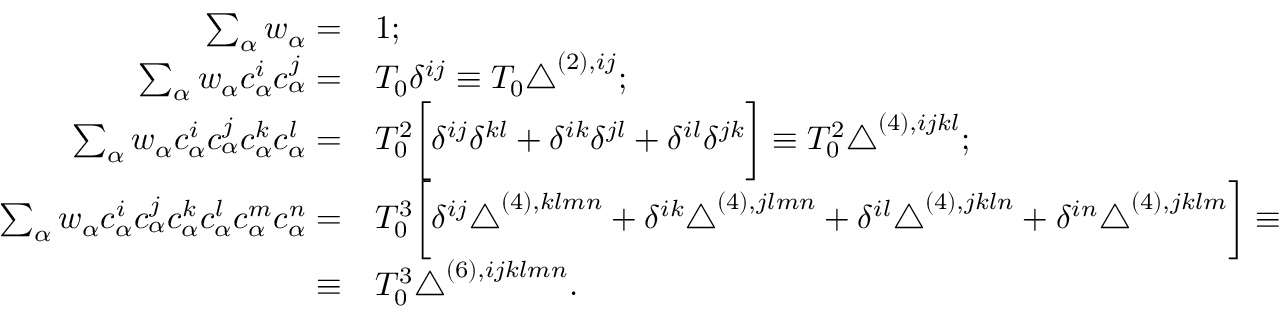
\begin{array} { r l } { \sum _ { \alpha } w _ { \alpha } = } & { 1 ; } \\ { \sum _ { \alpha } w _ { \alpha } c _ { \alpha } ^ { i } c _ { \alpha } ^ { j } = } & { T _ { 0 } \delta ^ { i j } \equiv T _ { 0 } \triangle ^ { ( 2 ) , i j } ; } \\ { \sum _ { \alpha } w _ { \alpha } c _ { \alpha } ^ { i } c _ { \alpha } ^ { j } c _ { \alpha } ^ { k } c _ { \alpha } ^ { l } = } & { T _ { 0 } ^ { 2 } \bigg [ \delta ^ { i j } \delta ^ { k l } + \delta ^ { i k } \delta ^ { j l } + \delta ^ { i l } \delta ^ { j k } \bigg ] \equiv T _ { 0 } ^ { 2 } \triangle ^ { ( 4 ) , i j k l } ; } \\ { \sum _ { \alpha } w _ { \alpha } c _ { \alpha } ^ { i } c _ { \alpha } ^ { j } c _ { \alpha } ^ { k } c _ { \alpha } ^ { l } c _ { \alpha } ^ { m } c _ { \alpha } ^ { n } = } & { T _ { 0 } ^ { 3 } \bigg [ \delta ^ { i j } \triangle ^ { ( 4 ) , k l m n } + \delta ^ { i k } \triangle ^ { ( 4 ) , j l m n } + \delta ^ { i l } \triangle ^ { ( 4 ) , j k l n } + \delta ^ { i n } \triangle ^ { ( 4 ) , j k l m } \bigg ] \equiv } \\ { \equiv } & { T _ { 0 } ^ { 3 } \triangle ^ { ( 6 ) , i j k l m n } . } \end{array}